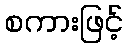
စကားဖြင့်